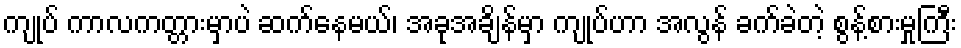
ကျုပ် ကာလကတ္တားမှာပဲ ဆက်နေမယ်၊ အခုအချိန်မှာ ကျုပ်ဟာ အလွန် ခက်ခဲတဲ့ စွန့်စားမှုကြီး